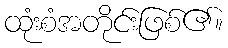
ထုံးစံအတိုင်းဖြစ်၏။